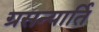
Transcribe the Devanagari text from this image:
ग्रसन्यार्ति